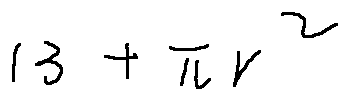
1 3 + \pi r ^ { 2 }